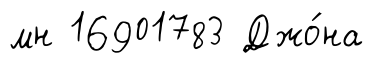
мн 16901783 Джо́на